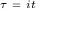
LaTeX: \scriptstyle \tau \ = \ i t